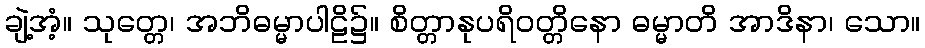
ချဲ့အံ့။ သုတ္တေ၊ အဘိဓမ္မာပါဠိ၌။ စိတ္တာနုပရိဝတ္တိနော ဓမ္မာတိ အာဒိနာ၊ သော။